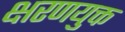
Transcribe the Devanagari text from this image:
क्षरणयुक्त